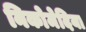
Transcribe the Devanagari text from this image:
निकोमेदिया